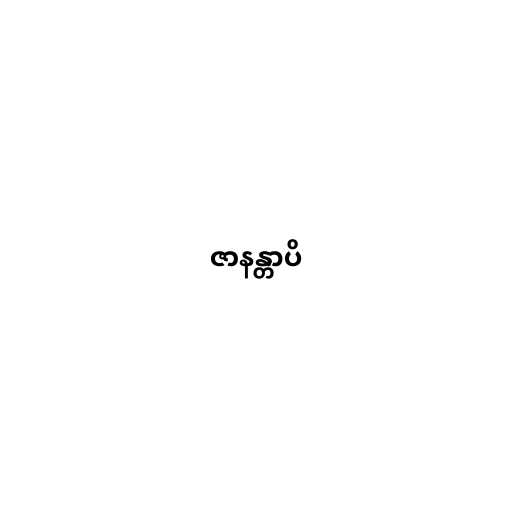
ဇာနန္တာပိ